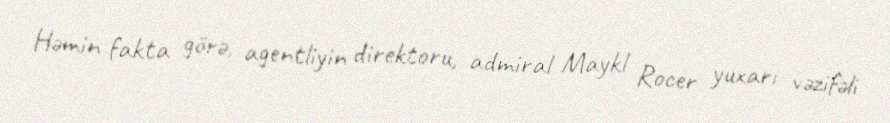
Həmin fakta görə, agentliyin direktoru, admiral Maykl Rocer yuxarı vəzifəli